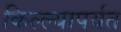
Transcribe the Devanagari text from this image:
किल्ल्यापर्यत